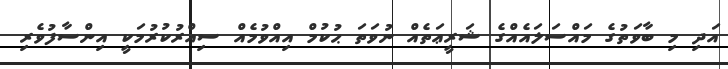
އަދި މި ބާވަތުގެ މައްސަލައެއްގެ ޝަރީޢަތެއް ނުވަތަ ޙުކުމް އިއްވުމެއް ސިއްރުކުރުމަކީ އިންސާފުވެރި